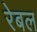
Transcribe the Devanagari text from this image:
रेबल